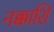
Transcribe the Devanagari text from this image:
नक्काशि